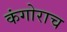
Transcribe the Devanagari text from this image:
कंगोराच